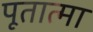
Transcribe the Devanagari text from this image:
पूतात्मा